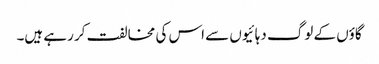
گاؤں کے لوگ دہائیوں سے اس کی مخالفت کر رہے ہیں۔